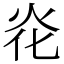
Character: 炛